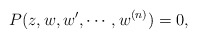
\begin{align*} P(z,w,w',\cdots,w^{(n)})=0,\end{align*}